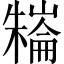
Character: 𣜱